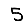
Digit: 5